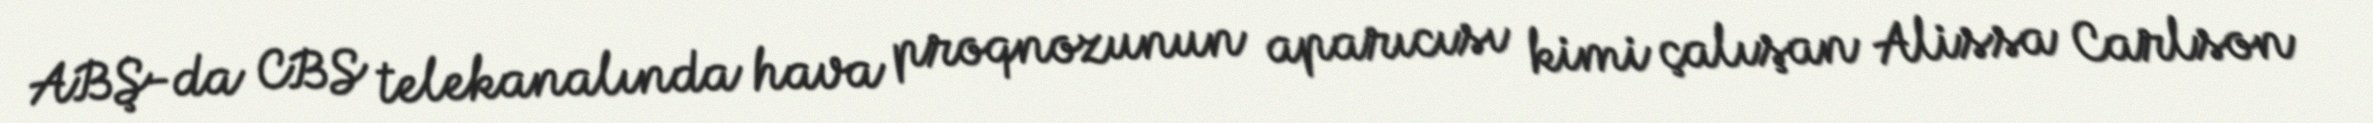
ABŞ-da CBS telekanalında hava proqnozunun aparıcısı kimi çalışan Alissa Carlson